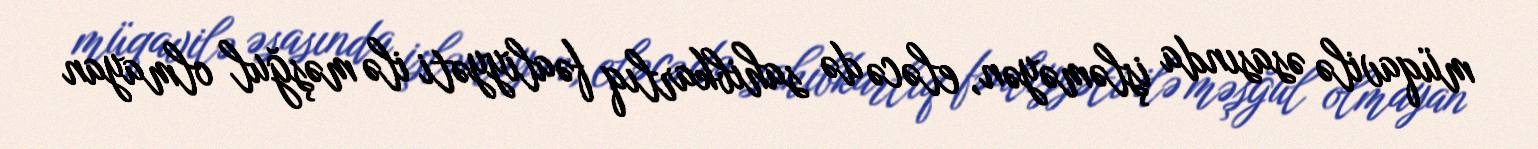
müqavilə əsasında işləməyən, eləcə də sahibkarlıq fəaliyyəti ilə məşğul olmayan